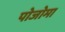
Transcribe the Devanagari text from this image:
पोजोमा